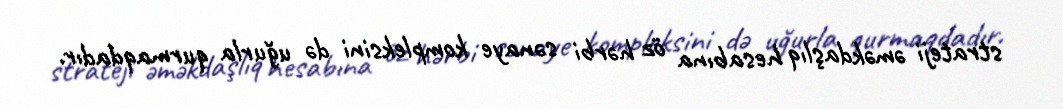
strateji əməkdaşlıq hesabına öz hərbi sənaye kompleksini də uğurla qurmaqdadır.